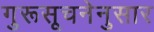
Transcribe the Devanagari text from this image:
गुरूसूचनेनुसार